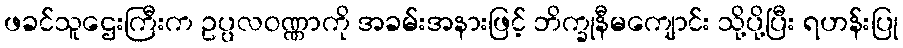
ဖခင်သူဌေးကြီးက ဥပ္ပလဝဏ္ဏာကို အခမ်းအနားဖြင့် ဘိက္ခုနီမကျောင်း သို့ပို့ပြီး ရဟန်းပြု